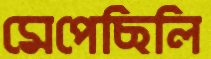
মেপেছিলি